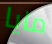
مايا